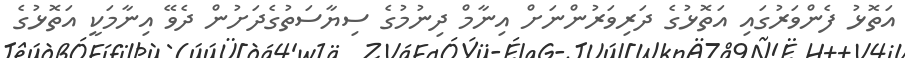
އަތޮޅު ފެންވަރުގައި އަތޮޅުގެ ދަރިވަރުންނަށް އިނާމް ދިނުމުގެ ސިޔާސަތުގެދަށުން ދެވޭ އިނާމަކީ އަތޮޅުގެ